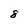
Character: 8